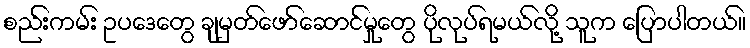
စည်းကမ်း ဥပဒေတွေ ချမှတ်ဖော်ဆောင်မှုတွေ ပိုလုပ်ရမယ်လို့ သူက ပြောပါတယ်။